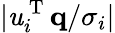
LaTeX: |\mathit{u}_{i}^{\mathrm{{~T~}}}\mathbf{{q}}/\sigma_{i}|